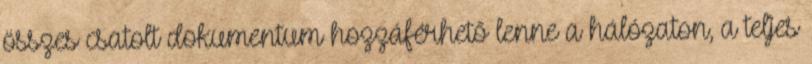
összes csatolt dokumentum hozzáférhető lenne a hálózaton, a teljes